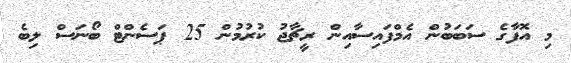
މި އޮފާގެ ސަބަބުން އެމްފައިސާއިން ރީޗާޖު ކުރުމުން 25 ޕަސެންޓް ބޯނަސް ލިބެ